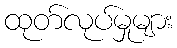
ထုတ်လုပ်မှုများ